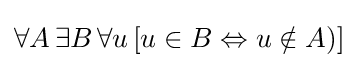
\forall A\,\exists B\,\forall u\,[u\in B\Leftrightarrow u\notin A)]